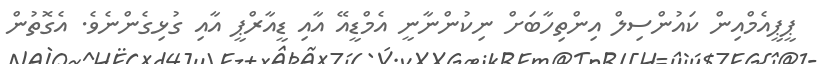
ޕީޕީއެމްއިން ކައުންސިލް އިންތިހާބަށް ނިކުންނާނީ އެމްޑީއޭ އާއި ޑީއާރްޕީ އާއި ގުޅިގެންނެވެ. އެގޮތުން